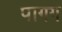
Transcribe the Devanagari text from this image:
पागग